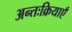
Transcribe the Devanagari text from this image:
अन्तःक्रियाएँ